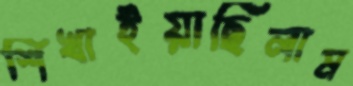
শিখাইয়াছিলাম